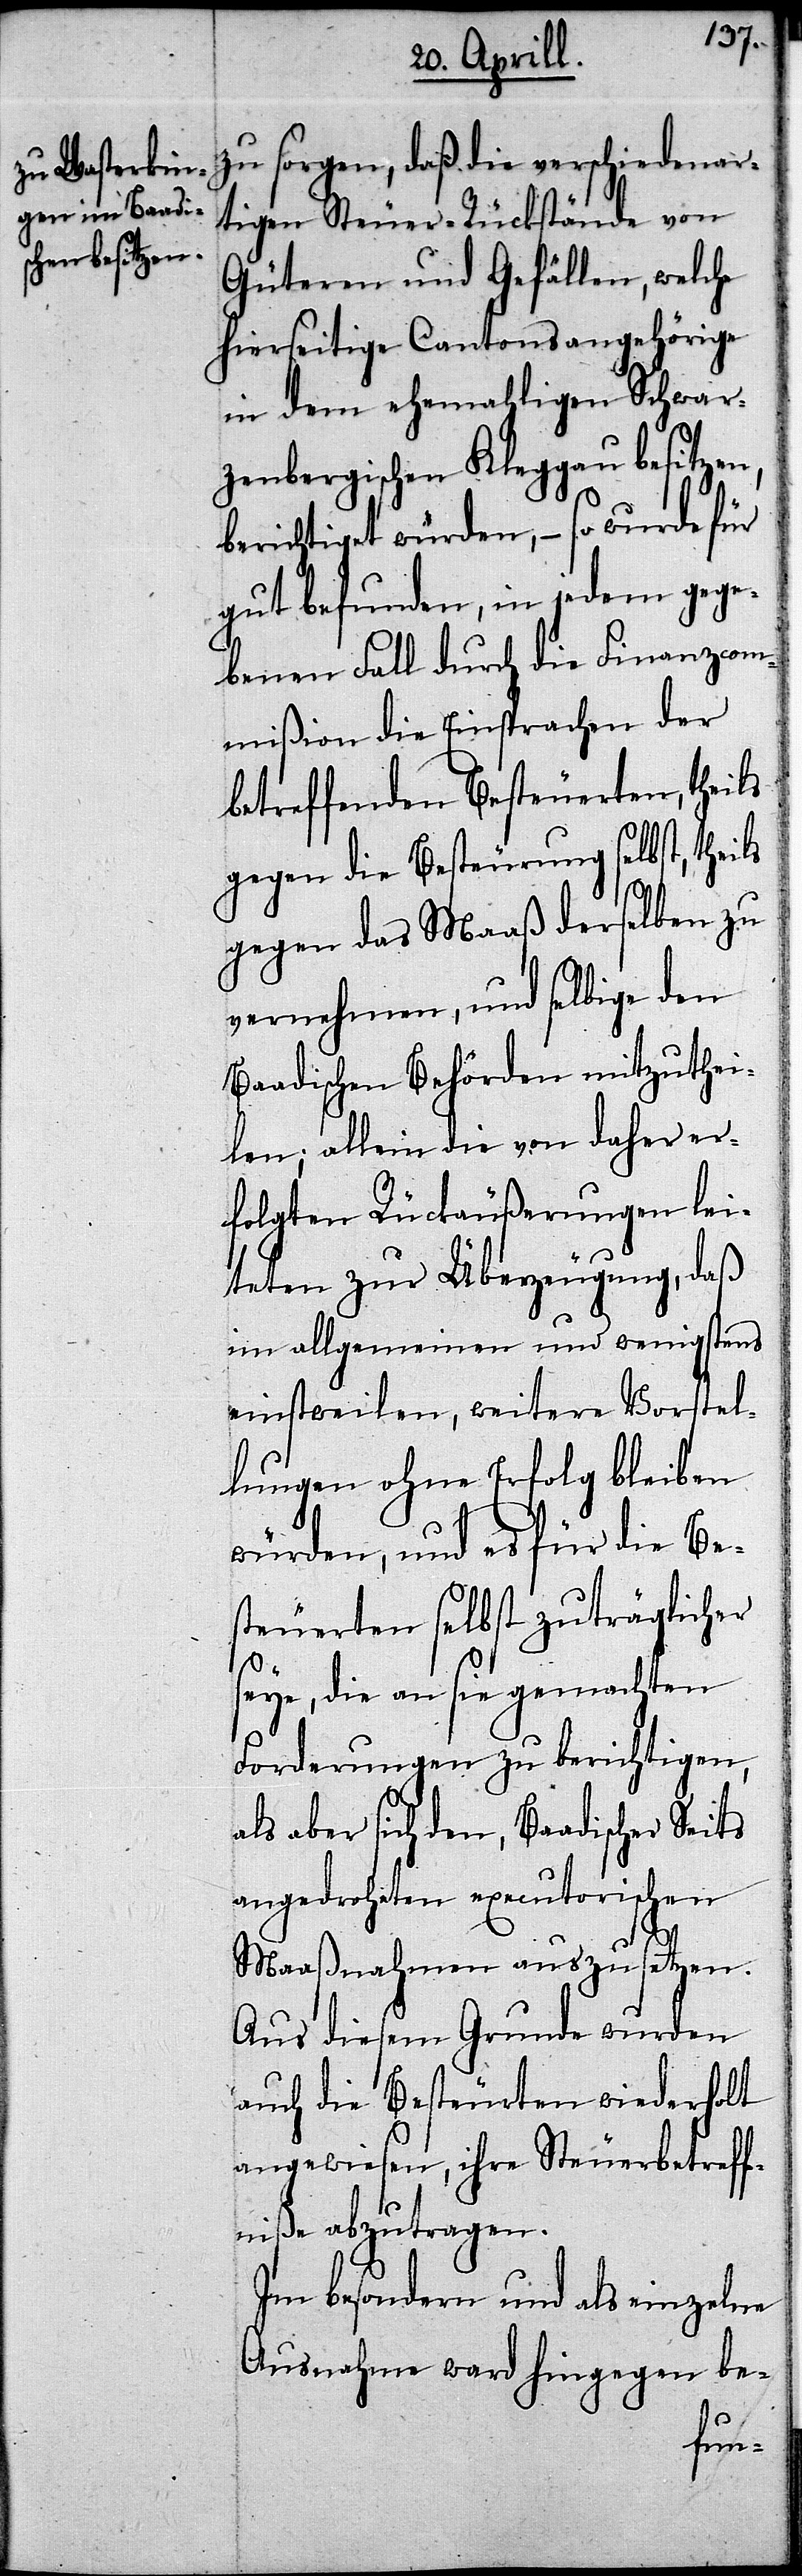
zu sorgen, daß die verschiedenar¬
tigen Steuer-Rückstände von
Güteren und Gefällen, welche
hierseitige Cantonsangehörige
in dem ehemahligen Schwar¬
zenbergischen Kleggau besitze¬
berichtiget würden,– so wurde für
gut befunden, in jedem geg¬
ebenen Fall durch die Finanzcom¬
mißion die Einsprache der
betreffenden Besteuerten, theils
gegen die Besteuerung selbst, theils
gegen das Maaß derselben zu
vernehmen, und selbige den
Baadischen Behörden mitzuthei¬
len; allein die von daher er¬
folgten Rückäußerungen lei¬
teten zur Überzeugung, daß
im allgemeinen und wenigstens
einstweilen, weitere Vorstel¬
lungen ohne Erfolg bleiben
würden, und es für die Be¬
steuerten selbst zuträglicher
seye, die an sie gemachten
Forderungen zu berichtigen,
als aber sich den, Baadischer
angedrohten executorischen
Maaßnahmen auszusetzen.
Aus diesem Grunde wurden
auch die Besteuerten wiederholt
angewiesen, ihre Steuerbetreff¬
niße abzutragen.
Im besondern und als einzelne
Ausnahme ward hingegen be-
n,